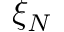
\xi _ { N }